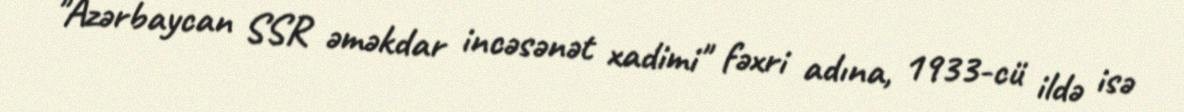
"Azərbaycan SSR əməkdar incəsənət xadimi" fəxri adına, 1933-cü ildə isə